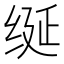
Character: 𫄧